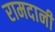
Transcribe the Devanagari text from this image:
रामदानी